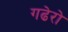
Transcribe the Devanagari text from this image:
गढेरो